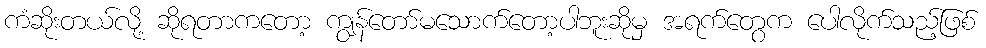
ကံဆိုးတယ်လို့ ဆိုရတာကတော့ ကျွန်တော်မသောက်တော့ပါဘူးဆိုမှ အရက်တွေက ပေါလိုက်သည့်ဖြစ်